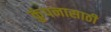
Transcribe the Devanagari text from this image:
कुंपनासाठी